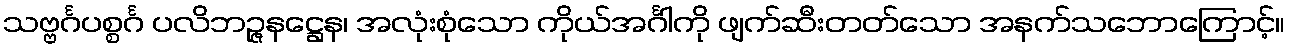
သဗ္ဗင်္ဂပစ္စင်္ဂ ပလိဘဉ္ဇနဋ္ဌေန၊ အလုံးစုံသော ကိုယ်အင်္ဂါကို ဖျက်ဆီးတတ်သော အနက်သဘောကြောင့်။